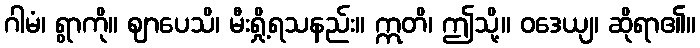
ဂါမံ၊ ရွာကို။ ဈာပေသိ၊ မီးရှို့ရသနည်း။ ဣတိ၊ ဤသို့။ ဝဒေယျ၊ ဆိုရာ၏။